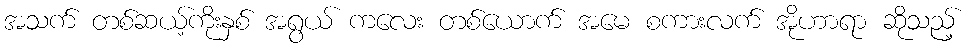
အသက် တစ်ဆယ့်ကိုးနှစ် အရွယ် ကလေး တစ်ယောက် အမေ စကားလက် အိုဟာရာ ဆိုသည့်